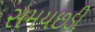
સમયછડી